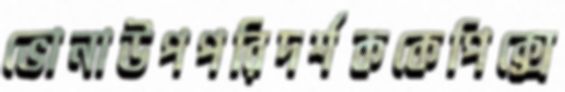
ভোনাউপপরিদর্শককেপিক্সে